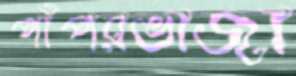
পাঁপরভাজা